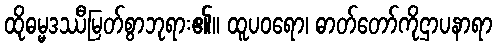
ထိုဓမ္မဒဿီမြတ်စွာဘုရား၏။ ထူပဝရော၊ ဓာတ်တော်ကိုဌာပနာရာ